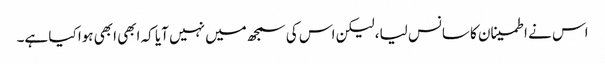
اس نے اطمینان کا سانس لیا، لیکن اس کی سمجھ میں نہیں آیا کہ ابھی ابھی ہوا کیا ہے۔